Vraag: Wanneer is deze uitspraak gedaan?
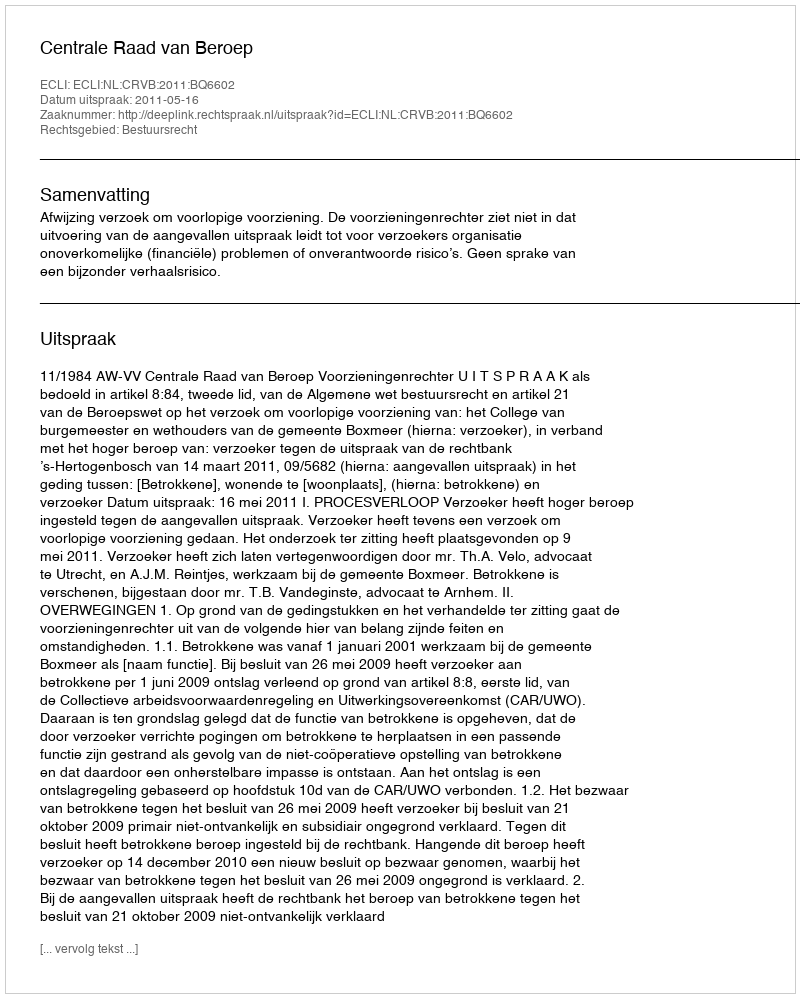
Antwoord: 2011-05-16